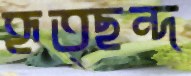
হৃত্ছন্দ